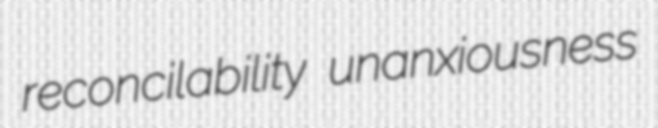
reconcilability unanxiousness